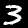
Label: 3